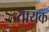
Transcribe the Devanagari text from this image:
तायक